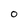
Character: O